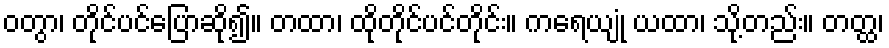
ဝတွာ၊ တိုင်ပင်ပြောဆို၍။ တထာ၊ ထိုတိုင်ပင်တိုင်း။ ကရေယျုံ ယထာ၊ သို့တည်း။ တတ္ထ၊